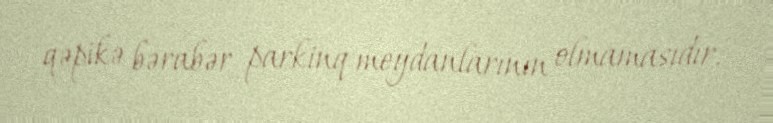
qəpikə bərabər parkinq meydanlarının olmamasıdır.